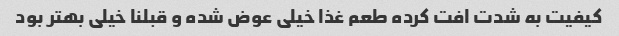
کیفیت به شدت افت کرده طعم غذا خیلی عوض شده و قبلنا خیلی بهتر بود